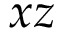
x z